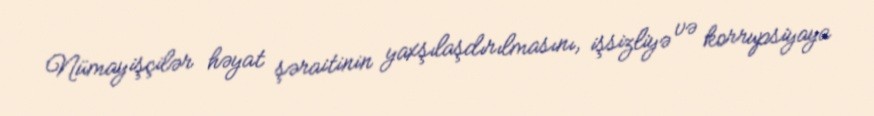
Nümayişçilər həyat şəraitinin yaxşılaşdırılmasını, işsizliyə və korrupsiyaya